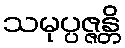
သမုပ္ပဇ္ဇန္တိ